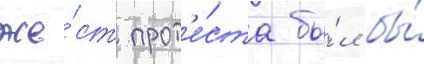
же́ст прот'е́ста бы́л бы́